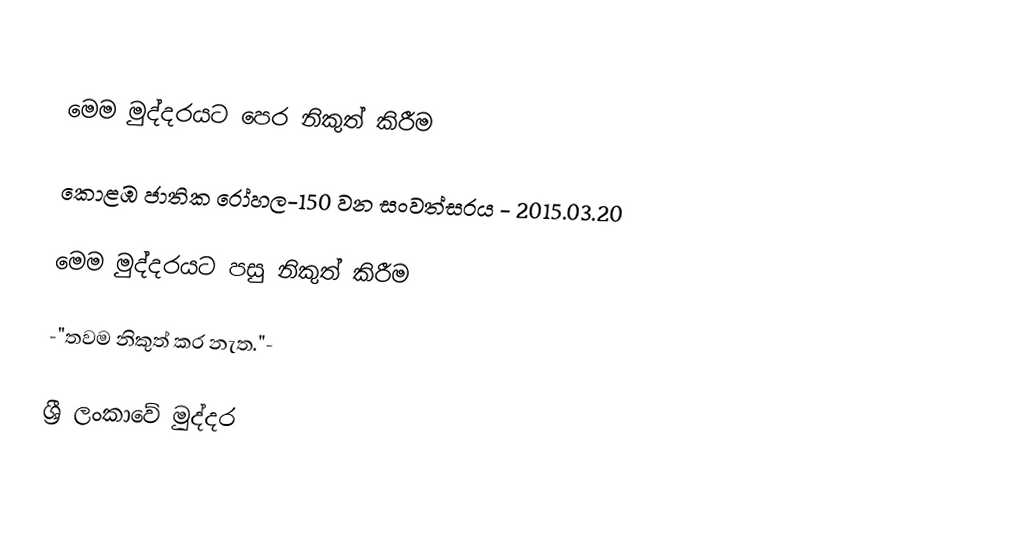

මෙම මුද්දරයට පෙර නිකුත් කිරීම

කොළඹ ජාතික රෝහල-150 වන සංවත්සරය - 2015.03.20

මෙම මුද්දරයට පසු නිකුත් කිරීම

-"තවම නිකුත් කර නැත."-

ශ්‍රී ලංකාවේ මුද්දර